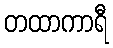
တထာကာရီ